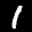
Label: 1